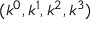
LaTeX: ( k ^ { 0 } , k ^ { 1 } , k ^ { 2 } , k ^ { 3 } )